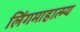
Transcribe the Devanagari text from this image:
लिंगमाहात्म्य